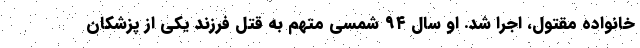
خانواده مقتول، اجرا شد. او سال ۹۴ شمسی متهم به قتل فرزند یکی از پزشکان